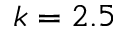
k = 2 . 5